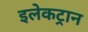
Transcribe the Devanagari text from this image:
इलेकट्रान